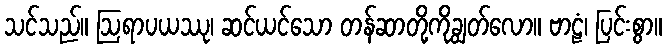
သင်သည်။ ဩရာပယဿု၊ ဆင်ယင်သော တန်ဆာတို့ကိုချွတ်လော။ ဗာဠံ၊ ပြင်းစွာ။